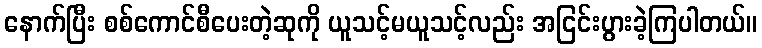
နောက်ပြီး စစ်ကောင်စီပေးတဲ့ဆုကို ယူသင့်မယူသင့်လည်း အငြင်းပွားခဲ့ကြပါတယ်။